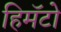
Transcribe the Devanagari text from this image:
हिमॅटो